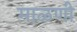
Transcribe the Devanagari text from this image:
माळणी